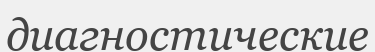
диагностические